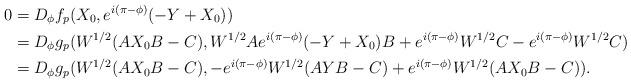
LaTeX: \begin{align*}0&=D_{\phi}f_p(X_0,e^{i(\pi-\phi)}(-Y+X_0))\\&=D_{\phi}g_p (W^{1/2}(AX_0B-C),W^{1/2}Ae^{i(\pi-\phi)}(-Y+X_0)B+e^{i(\pi-\phi)}W^{1/2}C-e^{i(\pi-\phi)}W^{1/2}C)\\&=D_{\phi}g_p (W^{1/2}(AX_0B-C),-e^{i(\pi-\phi)}W^{1/2}(AYB-C)+e^{i(\pi-\phi)}W^{1/2}(AX_0B-C)).\end{align*}